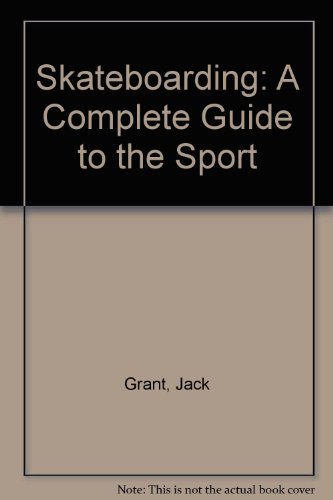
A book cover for Skateboarding: A Complete Guide to the Sport; Jack Grant; Sports & Outdoors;